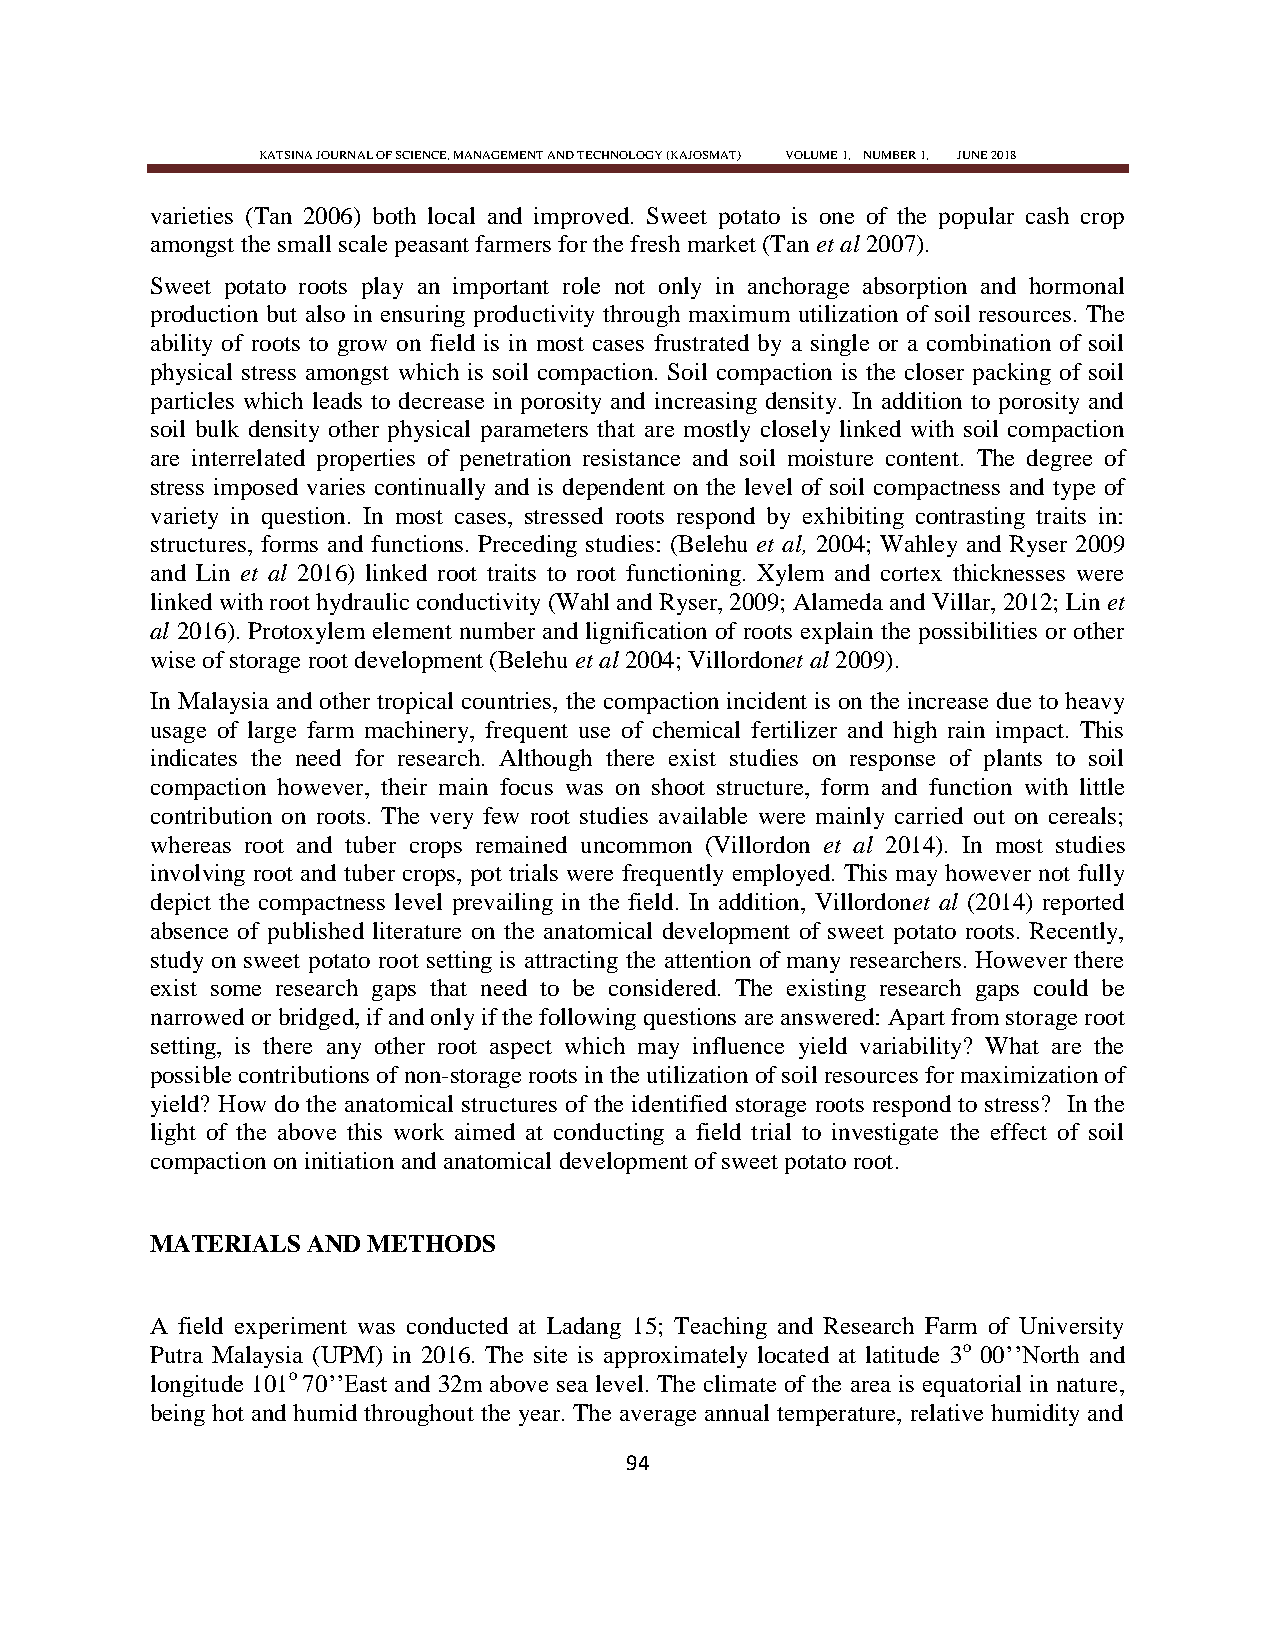
KATSINA JOURNAL OF SCIENCE, MANAGEMENT AND TECHNOLOGY (KAJOSMAT) VOLUME 1, NUMBER 1, JUNE 2018
 varieties (Tan 2006) both local and improved. Sweet potato is one of the popular cash crop
 amongst the small scale peasant farmers for the fresh market (Tan et al 2007).
 Sweet potato roots play an important role not only in anchorage absorption and hormonal
 production but also in ensuring productivity through maximum utilization of soil resources. The
 ability of roots to grow on field is in most cases frustrated by a single or a combination of soil
 physical stress amongst which is soil compaction. Soil compaction is the closer packing of soil
 particles which leads to decrease in porosity and increasing density. In addition to porosity and
 soil bulk density other physical parameters that are mostly closely linked with soil compaction
 are interrelated properties of penetration resistance and soil moisture content. The degree of
 stress imposed varies continually and is dependent on the level of soil compactness and type of
 variety in question. In most cases, stressed roots respond by exhibiting contrasting traits in:
 structures, forms and functions. Preceding studies: (Belehu et al, 2004; Wahley and Ryser 2009
 and Lin et al 2016) linked root traits to root functioning. Xylem and cortex thicknesses were
 linked with root hydraulic conductivity (Wahl and Ryser, 2009; Alameda and Villar, 2012; Lin et
 al 2016). Protoxylem element number and lignification of roots explain the possibilities or other
 wise of storage root development (Belehu et al 2004; Villordonet al 2009).
 In Malaysia and other tropical countries, the compaction incident is on the increase due to heavy
 usage of large farm machinery, frequent use of chemical fertilizer and high rain impact. This
 indicates the need for research. Although there exist studies on response of plants to soil
 compaction however, their main focus was on shoot structure, form and function with little
 contribution on roots. The very few root studies available were mainly carried out on cereals;
 whereas root and tuber crops remained uncommon (Villordon et al 2014). In most studies
 involving root and tuber crops, pot trials were frequently employed. This may however not fully
 depict the compactness level prevailing in the field. In addition, Villordonet al (2014) reported
 absence of published literature on the anatomical development of sweet potato roots. Recently,
 study on sweet potato root setting is attracting the attention of many researchers. However there
 exist some research gaps that need to be considered. The existing research gaps could be
 narrowed or bridged, if and only if the following questions are answered: Apart from storage root
 setting, is there any other root aspect which may influence yield variability? What are the
 possible contributions of non-storage roots in the utilization of soil resources for maximization of
 yield? How do the anatomical structures of the identified storage roots respond to stress? In the
 light of the above this work aimed at conducting a field trial to investigate the effect of soil
 compaction on initiation and anatomical development of sweet potato root.
 MATERIALS AND METHODS
 A field experiment was conducted at Ladang 15; Teaching and Research Farm of University
 Putra Malaysia (UPM) in 2016. The site is approximately located at latitude 3o 00‘‘North and
 longitude 101o 70‘‘East and 32m above sea level. The climate of the area is equatorial in nature,
 being hot and humid throughout the year. The average annual temperature, relative humidity and
 94